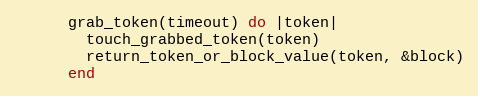
Language: Ruby
      grab_token(timeout) do |token|
        touch_grabbed_token(token)
        return_token_or_block_value(token, &block)
      end